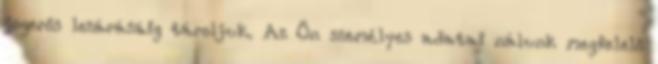
jogerős lezárásáig tároljuk. Az Ön személyes adatai nálunk megfelelő